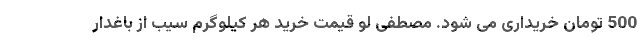
500 تومان خریداری می شود. مصطفی لو قیمت خرید هر کیلوگرم سیب از باغدار